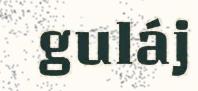
guláj